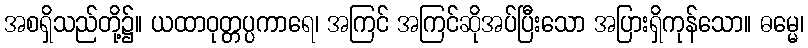
အစရှိသည်တို့၌။ ယထာဝုတ္တပ္ပကာရေ၊ အကြင် အကြင်ဆိုအပ်ပြီးသော အပြားရှိကုန်သော။ ဓမ္မေ၊